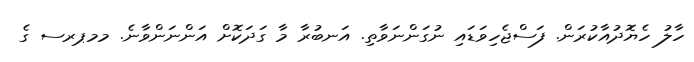
ހާލު ހެޔޮދުއާކުރަން. ފަސްޖެހިވަޑައި ނުގަންނަވާތި. އަނބުރާ މާ ގަދަކޮށް އަންނަންވާނެ. މމޕރސ ގެ